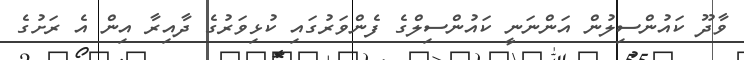
ވާދޫ ކައުންސިލުން އަންނަނީ ކައުންސިލްގެ ފެންވަރުގައި ކުޅިވަރުގެ ދާއިރާ އިން އެ ރަށުގެ